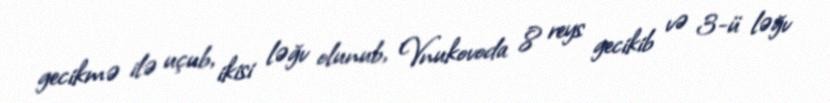
gecikmə ilə uçub, ikisi ləğv olunub, Vnukovoda 8 reys gecikib və 3-ü ləğv